Theory and practice of anti-rabic immunisation - Number 30
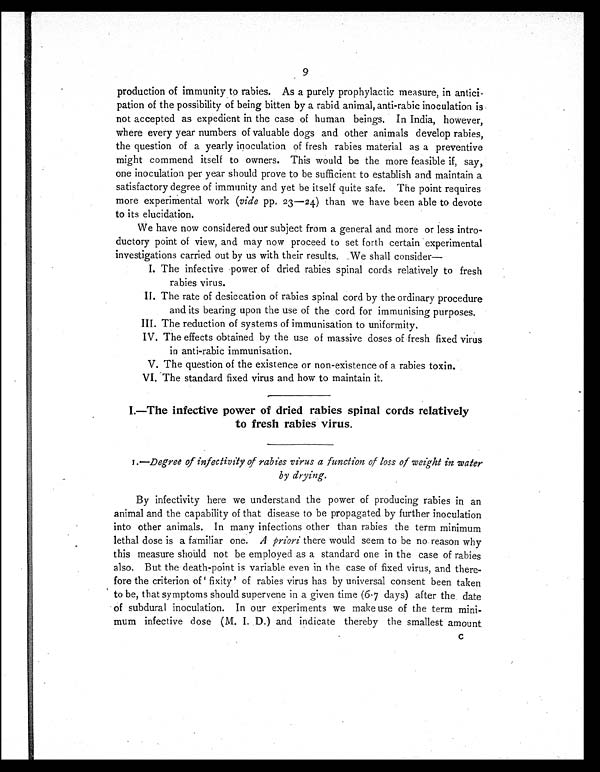
9
production of immunity to rabies. As a purely prophylactic measure, in antici-
pation of the possibility of being bitten by a rabid animal, anti-rabic inoculation is
not accepted as expedient in the case of human beings. In India, however,
where every year numbers of valuable dogs and other animals develop rabies,
the question of a yearly inoculation of fresh rabies material as a preventive
might commend itself to owners. This would be the more feasible if, say,
one inoculation per year should prove to be sufficient to establish and maintain a
satisfactory degree of immunity and yet be itself quite safe. The point requires
more experimental work (vide pp. 23—24) than we have been able to devote
to its elucidation.
We have now considered our subject from a general and more or less intro-
ductory point of view, and may now proceed to set forth certain experimental
investigations carried out by us with their results. We shall consider—
I. The infective power of dried rabies spinal cords relatively to fresh
rabies virus.
II. The rate of desiccation of rabies spinal cord by the ordinary procedure
and its bearing upon the use of the cord for immunising purposes.
III. The reduction of systems of immunisation to uniformity.
IV. The effects obtained by the use of massive doses of fresh fixed virus
in anti-rabic immunisation.
V. The question of the existence or non-existence of a rabies toxin.
VI. The standard fixed virus and how to maintain it.
I.—The infective power of dried rabies spinal cords relatively
to fresh rabies virus.
1.—Degree of infectivity of rabies virus a function of loss of weight in water
by drying.
By infectivity here we understand the power of producing rabies in an
animal and the capability of that disease to be propagated by further inoculation
into other animals. In many infections other than rabies the term minimum
lethal dose is a familiar one. A priori there would seem to be no reason why
this measure should not be employed as a standard one in the case of rabies
also. But the death-point is variable even in the case of fixed virus, and there-
fore the criterion of ' fixity' of rabies virus has by universal consent been taken
to be, that symptoms should supervene in a given time (6-7 days) after the date
of subdural inoculation. In our experiments we make use of the term mini-
mum infective dose (M. I. D.) and indicate thereby the smallest amount
C